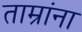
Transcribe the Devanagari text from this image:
ताम्रांना